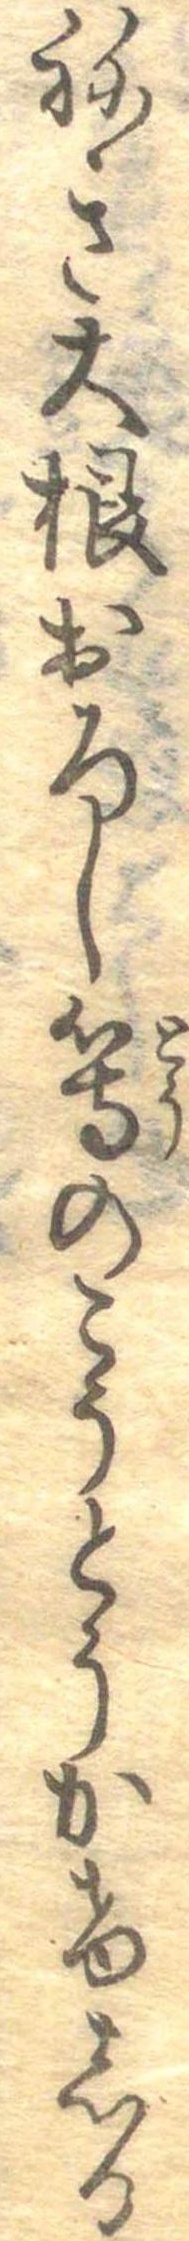
ねき大根おろし等のこうとうかけしる